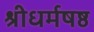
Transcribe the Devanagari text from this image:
श्रीधर्मषष्ठ